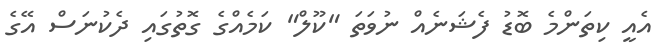
އެއީ ކިތަންމެ ބޮޑު ފެޝަނެއް ނުވަތަ "ކޫލް" ކަމެއްގެ ގޮތުގައި ދެކުނަސް އޭގެ